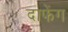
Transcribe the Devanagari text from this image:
दाफेंग